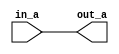
module EXP_NR_ITYC (out_a, in_a);
   output reg signed [31:0] out_a;
   input integer in_a;
   always@(in_a)
   begin
      out_a = in_a;
   end
endmodule